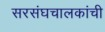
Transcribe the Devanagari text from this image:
सरसंघचालकांची